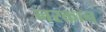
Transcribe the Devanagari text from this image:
नरकान्